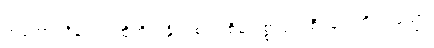
တံဟောဂဝိနာသံ၊ ထိုတိုင်းနိုင်ငံစည်းစိမ် ဥစ္စာပျက်စီးခြင်းကို။ ရညော၊